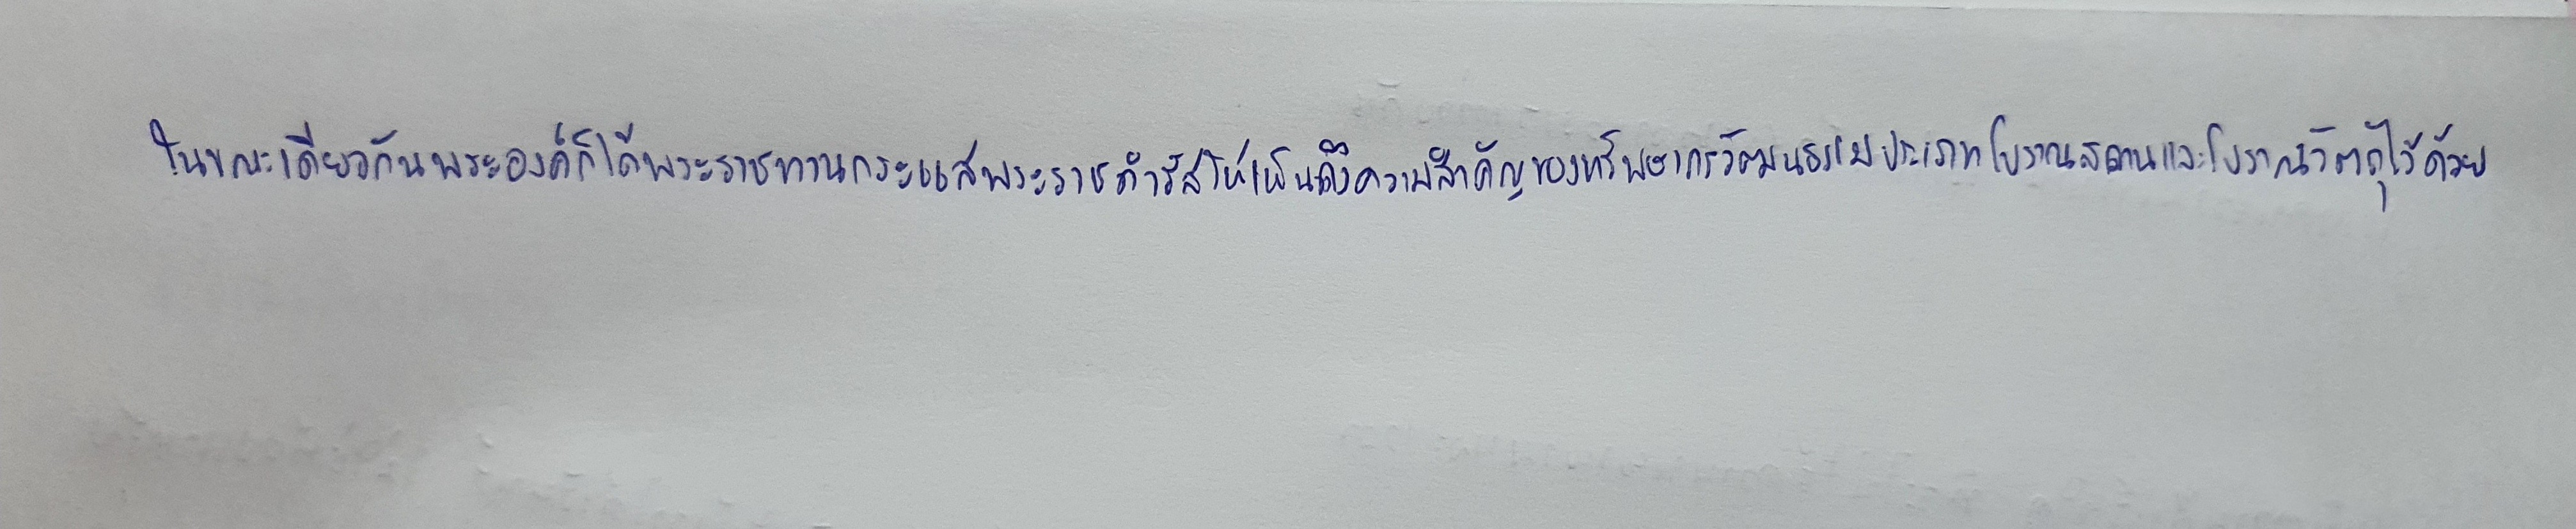
ในขณะเดียวกันพระองค์ก็ได้พระราชทานกระแสพระราชดำรัสให้เห็นถึงความสำคัญของทรัพยากรวัฒนธรรมประเภทโบราณสถานและโบราณวัตถุไว้ด้วย